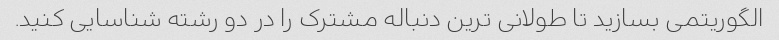
الگوریتمی بسازید تا طولانی ترین دنباله مشترک را در دو رشته شناسایی کنید.